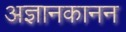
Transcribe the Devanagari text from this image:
अज्ञानकानन